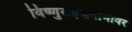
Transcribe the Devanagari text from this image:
विष्णुसहस्रनामावर